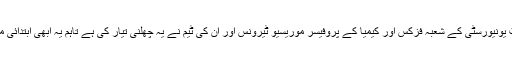
پنسلوانیہ اسٹیٹ یونیورسٹی کے شعبہ فزکس اور کیمیا کے پروفیسر موریسیو ٹیرونس اور ان کی ٹیم نے یہ چھلنی تیار کی ہے تاہم یہ ابھی ابتدائی مراحل میں ہے۔